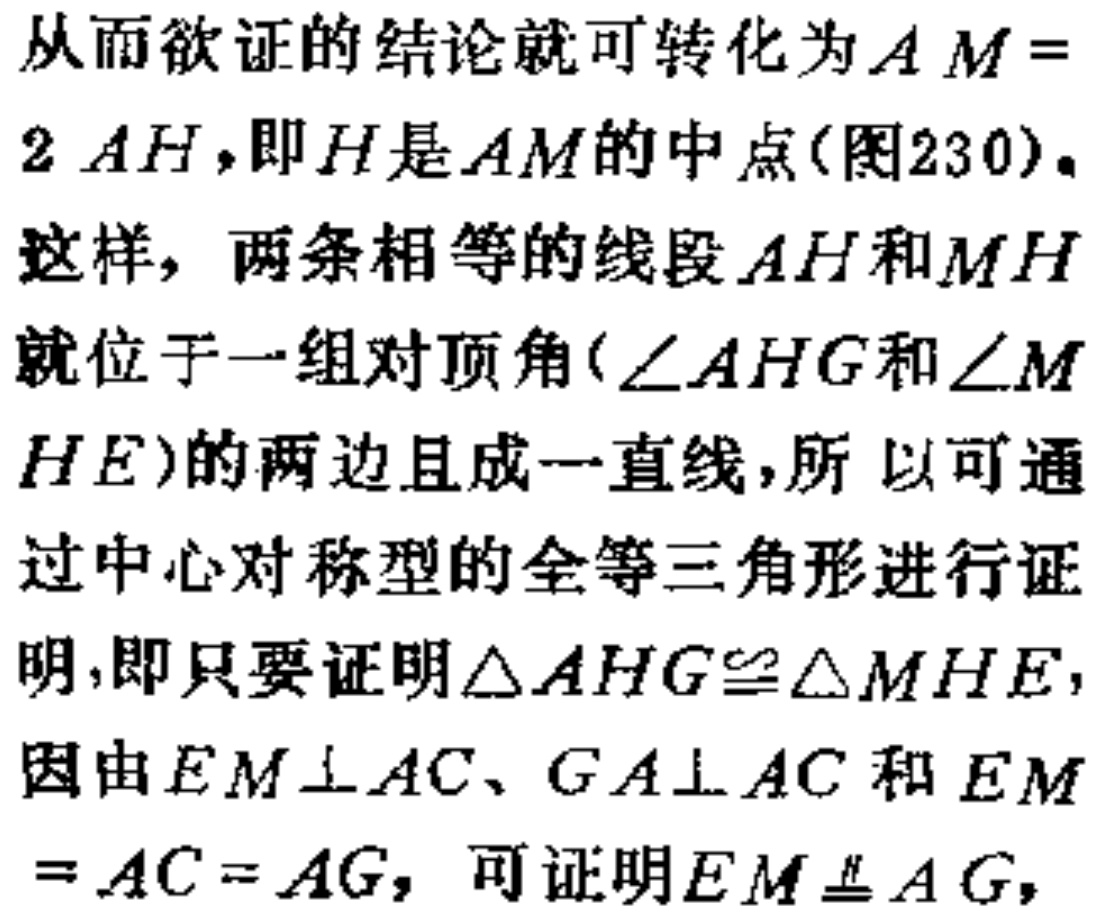
从而欲证的结论就可转化为\(AM = 2AH\)，即\(H\)是\(AM\)的中点(图230)。
这样，两条相等的线段\(AH\)和\(MH\)就位于一组对顶角(\(\angle AHG\)和\(\angle MHE\))的两边且成一直线，所以可通过中心对称型的全等三角形进行证明，即只要证明\(\triangle AHG\cong\triangle MHE\)，因由\(EM\perp AC\)、\(GA\perp AC\)和\(EM = AC = AG\)，可证明\(EM\equalparallel AG\)，